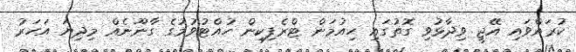
ކުރައްވައި އޭޖީ ވިދާޅުވި ގޮތުގައި ހިއުމަން ޓްރެފިކިން ހުއްޓުވުމުގެ ގާނޫނެއް މިދިޔަ އަހަރު